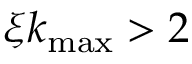
\xi k _ { \mathrm { m a x } } > 2